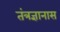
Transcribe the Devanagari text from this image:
तंत्रज्ञानास